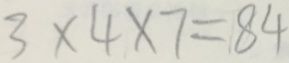
3 \times 4 \times 7 = 8 4